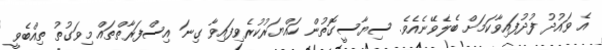
އެ ވައުދު ފުދުފައިވާކަމަށް ބެލެވޭނެއެވެ. ސިޔާސީގޮތުުން ހައްޔަރުކުރެވިފައިވާ ގިނަ އިސްފަރާތްތައް މިވަގުތު ތިއްބެވީ